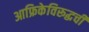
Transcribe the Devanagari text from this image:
आफ्रिकेविरूद्धची